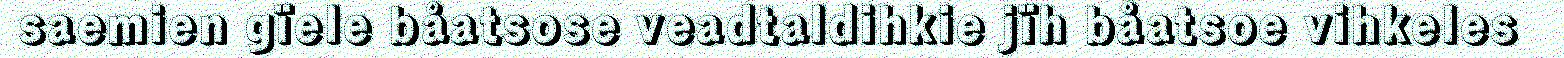
saemien gïele båatsose veadtaldihkie jïh båatsoe vihkeles